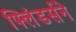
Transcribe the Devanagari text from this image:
फ्लिंडर्सने